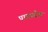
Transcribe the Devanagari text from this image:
पादप्रदेश